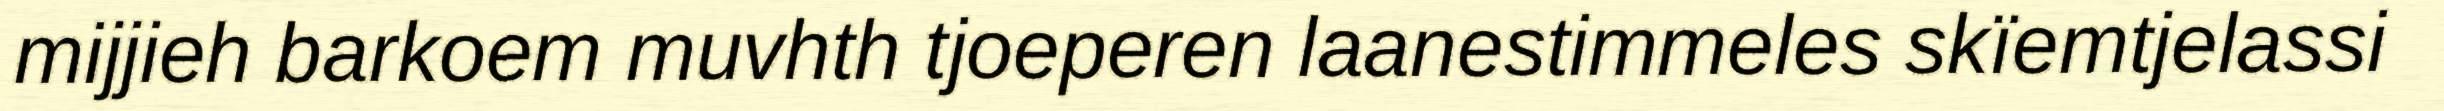
mijjieh barkoem muvhth tjoeperen laanestimmeles skïemtjelassi